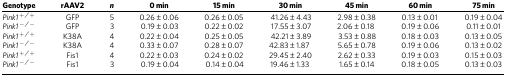
<table><thead><tr><td><b>Genotype</b></td><td><b>rAAV2</b></td><td><b><i>n</i></b></td><td><b>0 min</b></td><td><b>15 min</b></td><td><b>30 min</b></td><td><b>45 min</b></td><td><b>60 min</b></td><td><b>75 min</b></td></tr></thead><tbody><tr><td><i>Pink1</i><sup><i>+/+</i></sup></td><td>GFP</td><td>5</td><td>0.26±0.06</td><td>0.26±0.05</td><td>41.26±4.43</td><td>2.98±0.38</td><td>0.13±0.01</td><td>0.19±0.04</td></tr><tr><td><i>Pink1</i><sup><i>−/−</i></sup></td><td>GFP</td><td>3</td><td>0.19±0.03</td><td>0.22±0.02</td><td>17.55±3.07</td><td>2.06±0.18</td><td>0.19±0.06</td><td>0.11±0.01</td></tr><tr><td><i>Pink1</i><sup><i>+/+</i></sup></td><td>K38A</td><td>4</td><td>0.22±0.04</td><td>0.25±0.05</td><td>42.21±3.89</td><td>3.53±0.88</td><td>0.18±0.03</td><td>0.13±0.05</td></tr><tr><td><i>Pink1</i><sup><i>−/−</i></sup></td><td>K38A</td><td>4</td><td>0.33±0.07</td><td>0.28±0.07</td><td>42.83±1.87</td><td>5.65±0.78</td><td>0.19±0.06</td><td>0.13±0.02</td></tr><tr><td><i>Pink1</i><sup><i>+/+</i></sup></td><td>Fis1</td><td>4</td><td>0.22±0.03</td><td>0.24±0.02</td><td>29.45±2.40</td><td>2.62±0.33</td><td>0.19±0.03</td><td>0.15±0.03</td></tr><tr><td><i>Pink1</i><sup><i>−/−</i></sup></td><td>Fis1</td><td>3</td><td>0.19±0.04</td><td>0.14±0.04</td><td>19.46±1.33</td><td>1.65±0.14</td><td>0.18±0.05</td><td>0.13±0.03</td></tr></tbody></table>